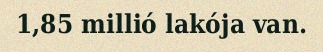
1,85 millió lakója van.